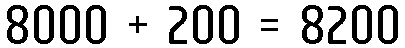
8000 + 200 = 8200